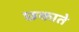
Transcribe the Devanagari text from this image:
छकाते